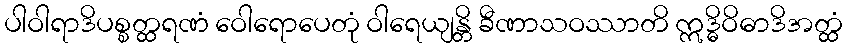
ပါဝါရာဒိပစ္စတ္ထရဏံ ဝေါရောပေတုံ ဝါရေယျန္တိ ခီဏာသဝဿာတိ ဣဒ္ဓိဝိဓာဒိအတ္ထံ